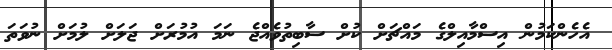
އެހެންކަމުން އިސްމާއިލްގެ މައްޗަށް ކުށް ސާބިތުވެއްޖެ ނަމަ އުމުރަށް ޖަލަށް ލުމަށް ނުވަތަ